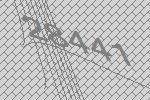
28441